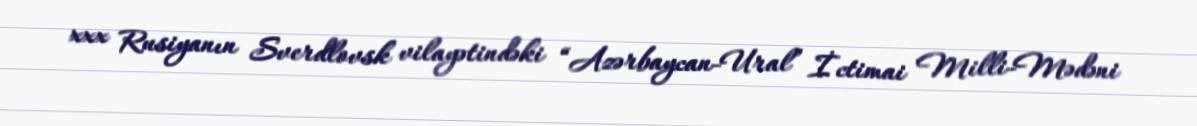
xxx Rusiyanın Sverdlovsk vilayətindəki “Azərbaycan-Ural” İctimai Milli-Mədəni